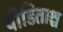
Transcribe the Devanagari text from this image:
पीडिताश्च